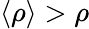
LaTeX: \langle\rho\rangle>\rho